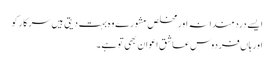
ایسے دردمندانہ اور مخلص مشورے وہ بہت دیتی ہیں سرکار کو
اور ہاں‌فردوس عاشق اعوان بھی تو ہے۔